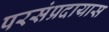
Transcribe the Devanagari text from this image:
परसंप्रदायास